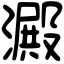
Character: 澱